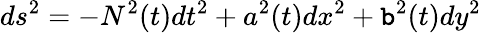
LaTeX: ds^{2}=-N^{2}(t)dt^{2}+a^{2}(t)dx^{2}+\mathtt{b}^{2}(t)dy^{2}